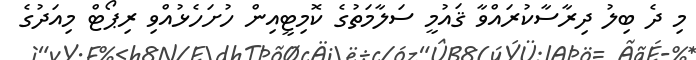
މި ދެ ބިލު ދިރާސާކުރައްވާ ޤައުމީ ސަލާމަތުގެ ކޮމިޓީއިން ހުށަހެޅުއްވި ރިޕޯޓް މިއަދުގެ